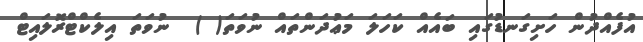
އުފެއްދުން ހަށިގަނޑުގައި ބައެއް ކަހަލަ މަޢުދަންތައް ނުވަތަ( )  ނުވަތަ އިލެކްޓްރޮލައިޓް